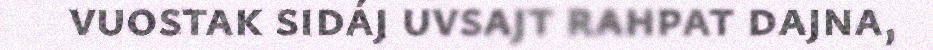
vuostak sidáj uvsajt rahpat dajna,